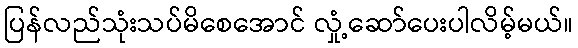
ပြန်လည်သုံးသပ်မိစေအောင် လှုံ့ဆော်ပေးပါလိမ့်မယ်။